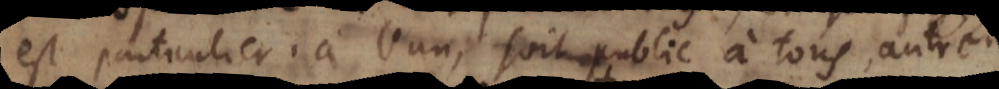
est particulier à l’un, soit public à tous, On